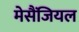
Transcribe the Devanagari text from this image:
मेसैंजियल